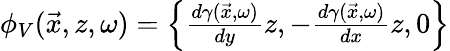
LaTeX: \begin{array}{r}{\phi_{V}(\vec{x},z,\omega)=\left\{ \frac{d\gamma(\vec{x},\omega)}{dy}z,-\frac{d\gamma(\vec{x},\omega)}{dx}z,0\right\} }\end{array}